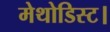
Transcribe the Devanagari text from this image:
मेथोडिस्ट।